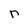
Character: r